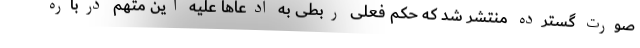
صورت گسترده منتشر شد که حکم فعلی ربطی به ادعاها علیه این متهم درباره